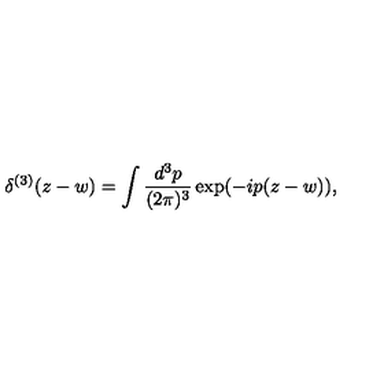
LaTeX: \delta ^ { ( 3 ) } ( z - w ) = \int \frac { d ^ { 3 } p } { ( 2 \pi ) ^ { 3 } } \exp ( - i p ( z - w ) ) ,